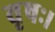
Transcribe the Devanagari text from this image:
वृषः।